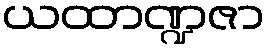
ယထာဏ္ဍဇာ